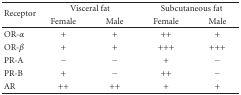
| <ROWSPAN=2> Receptor | <COLSPAN=2> Visceral fat | <COLSPAN=2> Subcutaneous fat |
 | Female | Male | Female | Male |
 | --- | --- | --- | --- | --- |
 | OR-α | + | + | ++ | + |
 | OR-β | + | + | +++ | +++ |
 | PR-A | − | − | + | − |
 | PR-B | + | − | ++ | − |
 | AR | ++ | ++ | + | + |